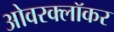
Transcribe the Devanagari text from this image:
ओवरक्लॉकर